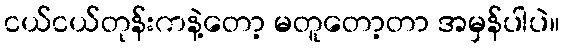
ငယ်ငယ်တုန်းကနဲ့တော့ မတူတော့တာ အမှန်ပါပဲ။